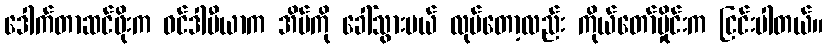
ဒေါက်တာဆင်ဖိုးက ဝင်ဒါမီယာက အိမ်ကို ခေါ်သွားမယ် လုပ်တော့လည်း ကိုယ်တော်မှိုင်းက ငြင်းပါတယ်။